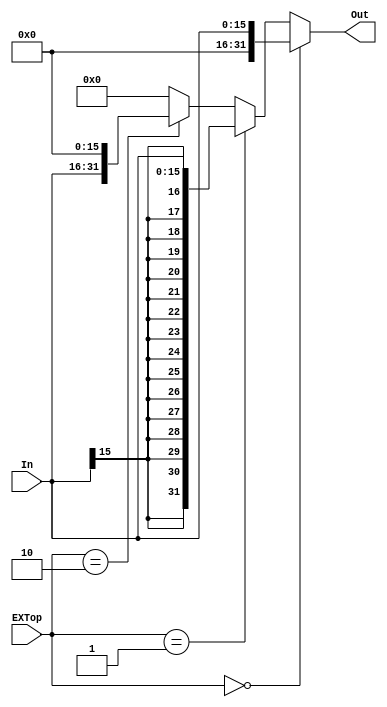
`timescale 1ns / 1ps
//////////////////////////////////////////////////////////////////////////////////
// Company: 
// Engineer: 
// 
// Design Name: 
// Module Name:    ext_D 
// Project Name: 
// Target Devices: 
// Tool versions: 
// Description: 
//
// Dependencies: 
//
// Revision: 
// Revision 0.01 - File Created
// Additional Comments: 
//
//////////////////////////////////////////////////////////////////////////////////
module ext_D(
    input [15:0] In,
    input [1:0] EXTop,
    output [31:0] Out
    );
 	
 	assign Out = (EXTop == 2'b00) ? {16'h0000,In} :
 					 (EXTop == 2'b01) ? {{16{In[15]}},In} :
 					 (EXTop == 2'b10) ? {In,16'h0000} :
 									   32'b0;

endmodule